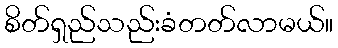
စိတ်ရှည်သည်းခံတတ်လာမယ်။